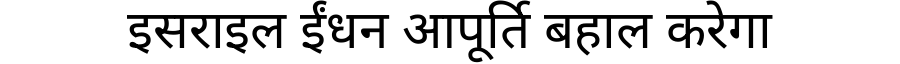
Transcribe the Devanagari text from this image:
इसराइल ईंधन आपूर्ति बहाल करेगा